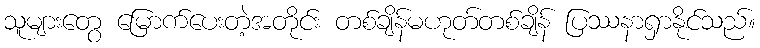
သူများတွေ မြောက်ပေးတဲ့အတိုင်း တစ်ချိန်မဟုတ်တစ်ချိန် ပြဿနာရှာနိုင်သည်။